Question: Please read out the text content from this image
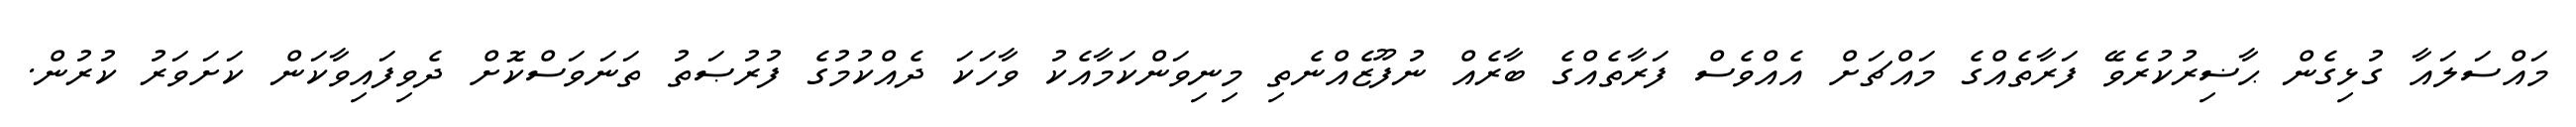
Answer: މައްސަލައާ ގުޅިގެން ޙާޟިރުކުރެވޭ ފަރާތެއްގެ މައްޗަށް އެއްވެސް ފަރާތެއްގެ ބާރެއް ނުފޫޒެއްނެތި މިނިވަންކަމާއެކު ވާހަކަ ދެއްކުމުގެ ފުރުޞަތު ތަނަވަސްކޮށް ދެވިފައިވާކަން ކަށަވަރު ކުރުން.